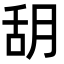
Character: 䑚